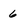
Character: 6